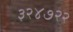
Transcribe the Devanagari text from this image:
३२४७२२